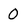
Character: 0